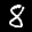
Label: 8